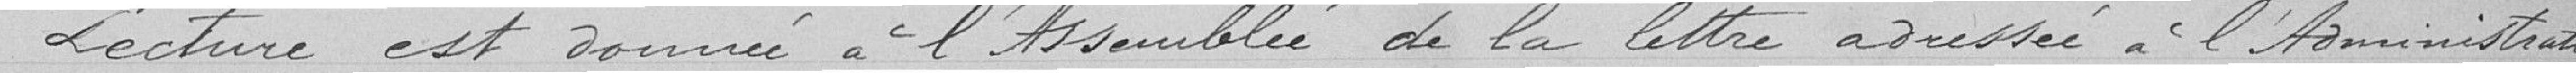
Lecture est donné à l'Assemblée de la lettre adressée à l'Administration